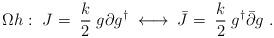
LaTeX: \begin{align*}\Omega h:\ J =\; \frac{k}{2}\; g \partial g^\dagger \;\; { \longleftrightarrow}\;\; {\bar J} =\;\frac{k}{2}\; g^\dagger {\bar \partial} g\ .\end{align*}